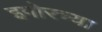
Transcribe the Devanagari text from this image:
इगोरच्या